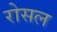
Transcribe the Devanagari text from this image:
रोसल